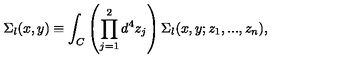
\Sigma _ { l } ( x , y ) \equiv \int _ { C } \left( \prod _ { j = 1 } ^ { 2 } d ^ { 4 } z _ { j } \right) \Sigma _ { l } ( x , y ; z _ { 1 } , . . . , z _ { n } ) ,